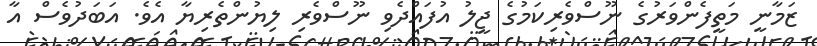
ޒަމާނީ މަތީފެންވަރުގެ ނޫސްވެރިކަމުގެ ޖީލު އުފައްދެވި ނޫސްވެރި ލިޔުންތެރިޔާ އެވެ. އަބަދުވެސް އާ